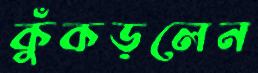
কুঁকড়লেন